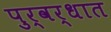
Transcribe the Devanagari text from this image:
पुर्वर्धात